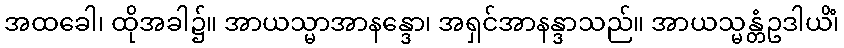
အထခေါ၊ ထိုအခါ၌။ အာယသ္မာအာနန္ဒော၊ အရှင်အာနန္ဒာသည်။ အာယသ္မန္တံဥဒါယိံ၊